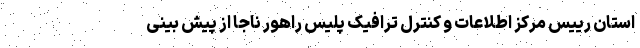
استان رییس مرکز اطلاعات و کنترل ترافیک پلیس راهور ناجا از پیش بینی